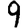
Digit: 9